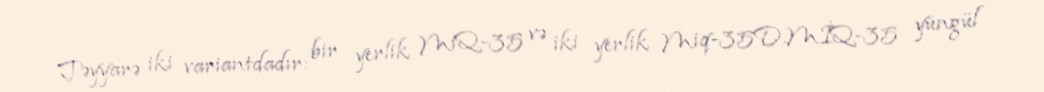
Təyyarə iki variantdadır: bir yerlik MiQ-35 və iki yerlik Miq-35D.MİQ-35 yüngül